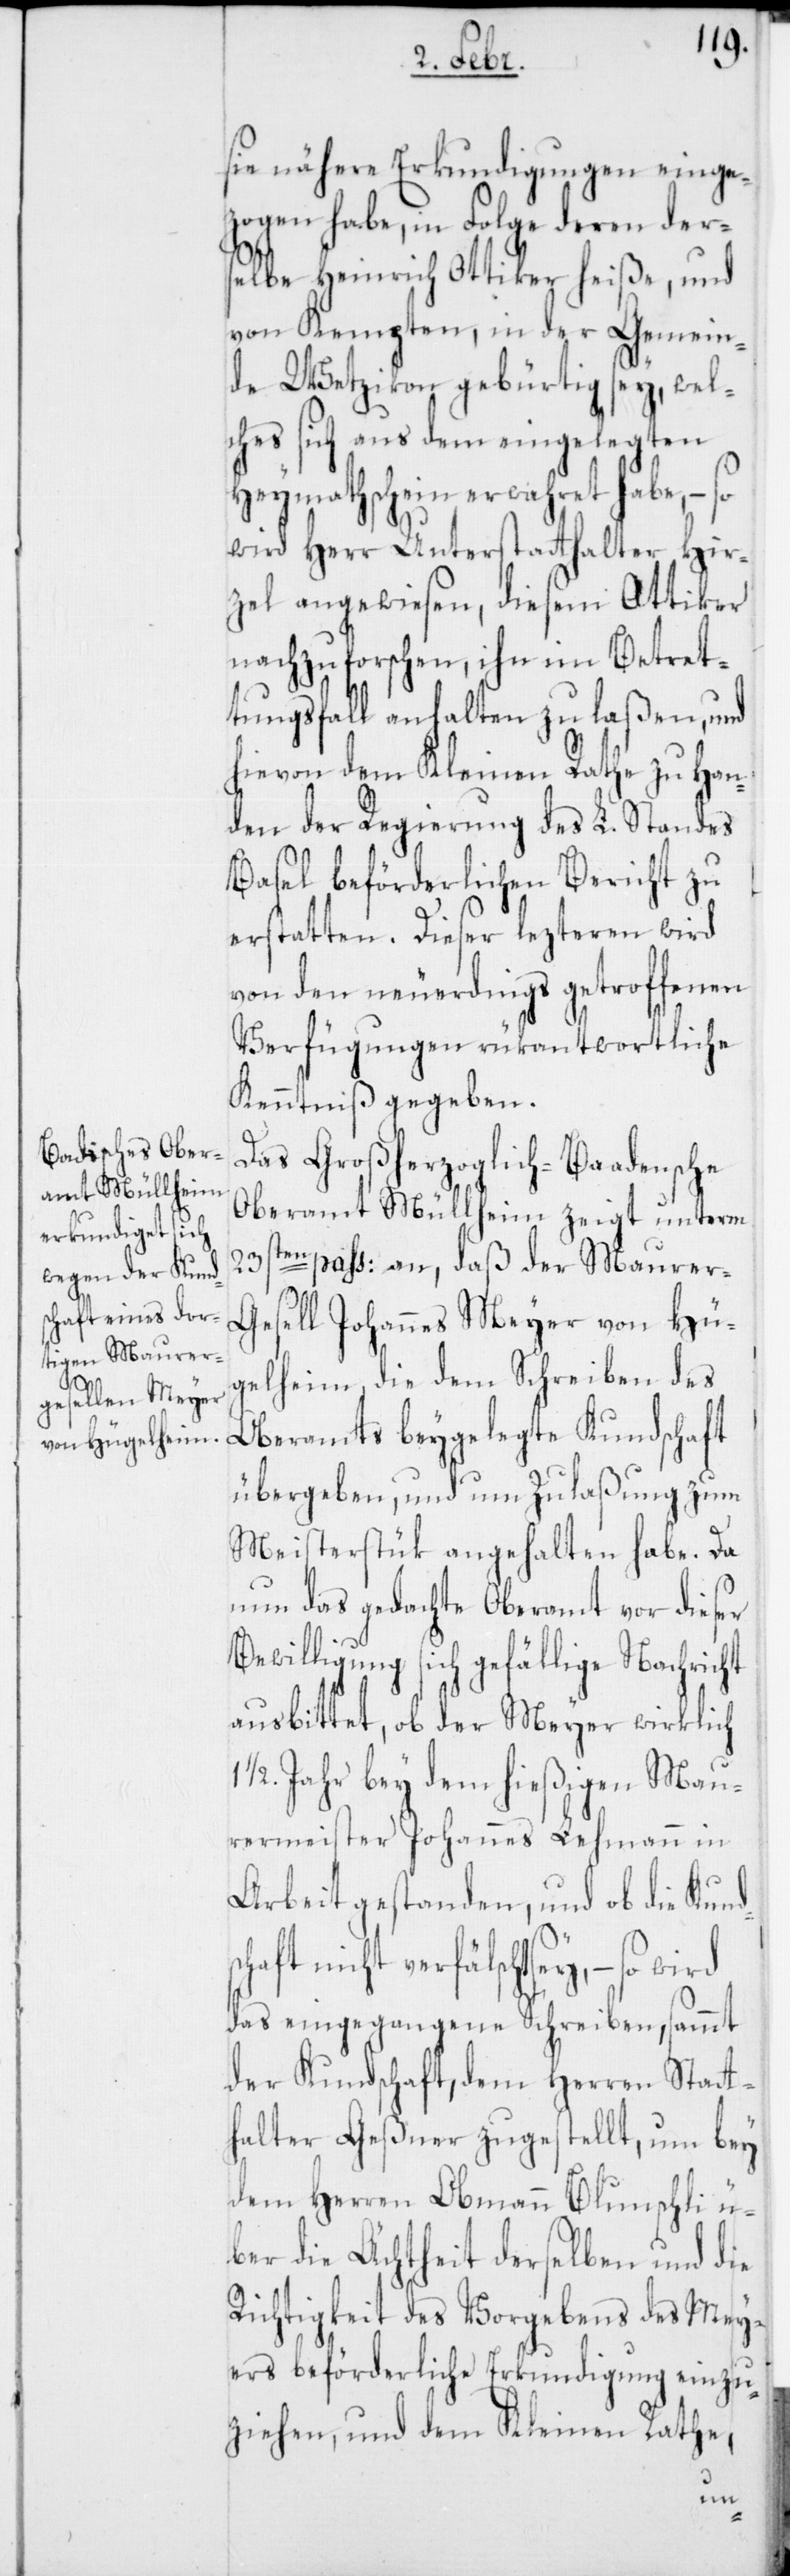
sie nähere Erkundigungen einge¬
zogen habe, in Folge deren ders¬
elbe Heinrich Ottiker heiße, und
von Kempten, in der Gemein¬
de Wetzikon gebürtig sey, wel¬
ches sich aus dem eingelegten
Heymathschein erwahret habe, – so
wird Herr Unterstatthalter Hir¬
zel angewiesen, diesem Ottiker
nachzuforschen, ihn im Betret¬
tungsfall anhalten zu laßen und
hievon dem Kleinen Rathe zu Han¬
den der Regierung des L. Standes
Basel beförderlichen Bericht zu
erstatten. Dieser lezteren wird
von den neuerdings getroffenen
Verfügungen rükantwortliche
Kenntniß gegeben.
Das Großherzoglich-Badensche
Oberamt Müllheim zeigt unterm
23sten paß: an, daß der Maurer-G¬
esell Johannes Meyer von Hü¬
gelheim, die dem Schreiben des
Oberamts beygelegte Kundschaft
übergeben, und um Zulaßung zum
Meisterstük angehalten habe. Da
nun das gedachte Oberamt vor dieser
Bewilligung sich gefällige Nachricht
ausbittet, ob der Meyer wirklich
1/2. Jahr bey dem hießigen Mau¬
rermeister Johannes Lehmann in
Arbeit gestanden, und ob die Kund¬
haft nicht verfälscht sey, – so
das eingegangene Schreiben sammt
der Kundschaft, dem Herren Statt¬
halter Geßner zugestellt, um bey
dem Herren Obmann Blunschli ü¬
ber die Ächtheit derselben und die
Richtigkeit des Vorgebens des Mey¬
ers beförderliche Erkundigung einzu¬
ziehen, und dem Kleinen Rate,
sc¬